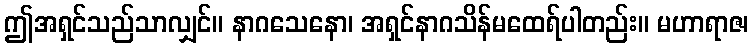
ဤအရှင်သည်သာလျှင်။ နာဂသေနော၊ အရှင်နာဂသိန်မထေရ်ပါတည်း။ မဟာရာဇ၊